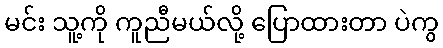
မင်း သူ့ကို ကူညီမယ်လို့ ပြောထားတာ ပဲကွ